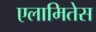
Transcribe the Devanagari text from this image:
एलामितेस